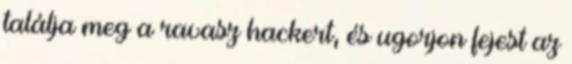
találja meg a ravasz hackert, és ugorjon fejest az